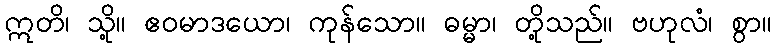
ဣတိ၊ သို့။ ဧဝမာဒယော၊ ကုန်သော။ ဓမ္မာ၊ တို့သည်။ ဗဟုလံ၊ စွာ။